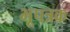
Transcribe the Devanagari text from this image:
भूपत्रक